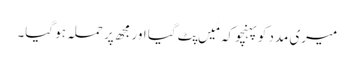
میری مدد کوپہنچو کہ مَیں پِٹ گیا اور مجھ پر حملہ ہو گیا۔